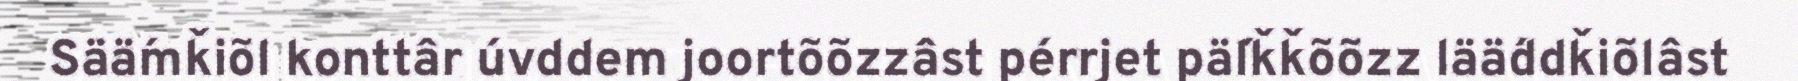
Sää´mǩiõl konttâr u´vddem joortõõzzâst pe´rrjet pä´lǩǩõõzz lää´ddǩiõlâst